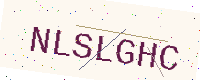
Text: NLSLGHC